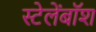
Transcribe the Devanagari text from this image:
स्टेलेंबॉश